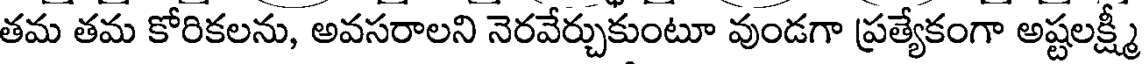
తమ తమ కోరికలను, అవసరాలని నెరవేర్చుకుంటూ వుండగా ప్రత్యేకంగా అష్టలక్ష్మీ